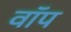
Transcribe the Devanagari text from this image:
वॉप